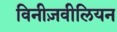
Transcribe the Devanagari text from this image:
विनीज़वीलियन